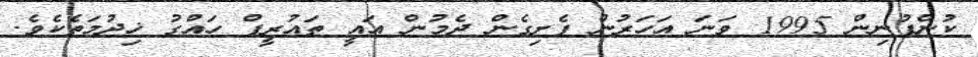
ކުންފުނިން 1995 ވަނަ އަހަރުން ފެށިގެން ދެމުން އައީ ތައުރީފް ހައްގު ޚިދުމަތެކެވެ.